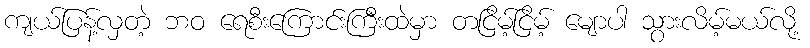
ကျယ်ပြန့်လှတဲ့ ဘဝ ရေစီးကြောင်းကြီးထဲမှာ တငြိမ့်ငြိမ့် မျောပါ သွားလိမ့်မယ်လို့